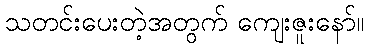
သတင်းပေးတဲ့အတွက် ကျေးဇူးနော်။